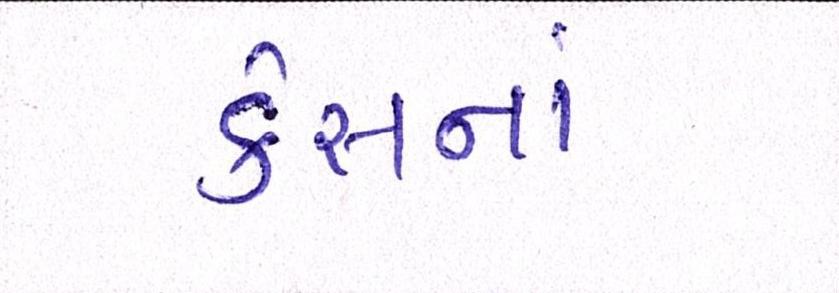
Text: કેસનાં